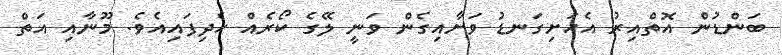
ބަންޑުން އޮތްއިރު އެހަށިގަނޑު ވަށާއިގެން ވަނީ ލޭގެ ކޯރެއް ހެދިފައިއެވެ. މޫނާއި އަތް